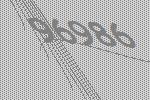
96986